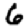
Digit: 6